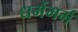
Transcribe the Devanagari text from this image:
धर्ममर्म